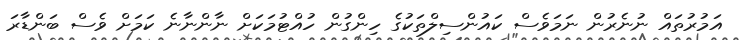
އަމުރުތައް ނުނެރުން ނަމަވެސް ކައުންސިލްތަކުގެ ހިންގުން ހުއްޓުމަކަށް ނާންނާނެ ކަމަށް ވެސް ބަންޑާރަ